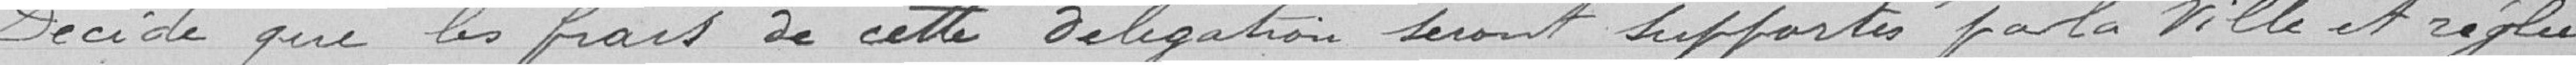
Décide que les frais de cette délégation seront supportés par la ville et réglés